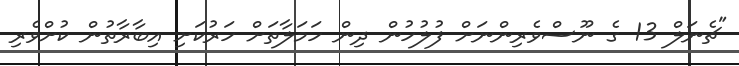
"ޗެނަލް 13 ގެ ނޫސްވެރިންނަށް ފުލުހުން ދިން ހަމަލާތަށް ހަރުކަށި އިބާރާތުން ކުށްވެރި